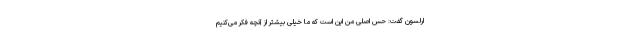
ارلسون گفت: حس اصلی من این است که ما خیلی بیشتر از آنچه فکر می‌کنیم